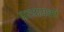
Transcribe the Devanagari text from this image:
प्रत्यायकों